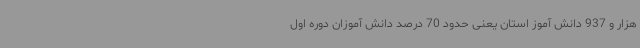
هزار و 937 دانش آموز استان یعنی حدود 70 درصد دانش آموزان دوره اول